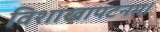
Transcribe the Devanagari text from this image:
विशाखापटनम।